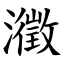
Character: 瀓